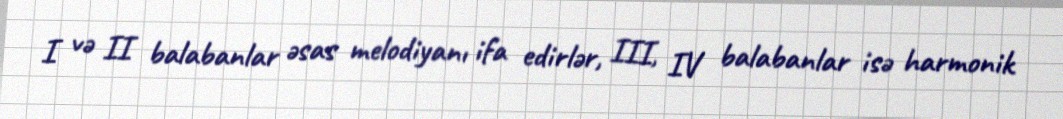
I və II balabanlar əsas melodiyanı ifa edirlər, III, IV balabanlar isə harmonik